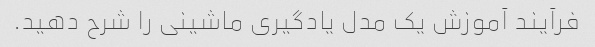
فرآیند آموزش یک مدل یادگیری ماشینی را شرح دهید.